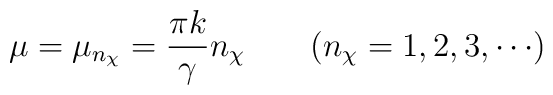
\mu = \mu_{n_\chi}=\frac{\pi k}{\gamma} n_{\chi} ~~~~~~(n_\chi =1,2,3, \cdots)